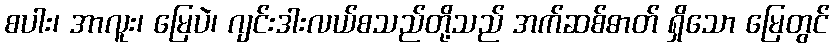
စပါး၊ အာလူး၊ မြေပဲ၊ ဂျင်းဒါးလယ်စသည်တို့သည် အက်ဆစ်ဓာတ် ရှိသော မြေတွင်